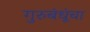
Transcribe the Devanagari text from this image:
गुरुबंधूंचा